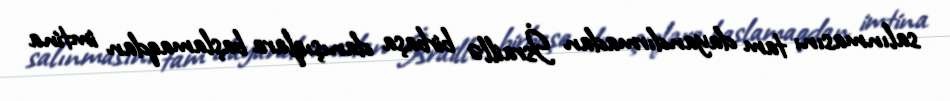
salınmasını tam dayandırmadan İsraillə birbaşa danışıqlara başlamaqdan imtina